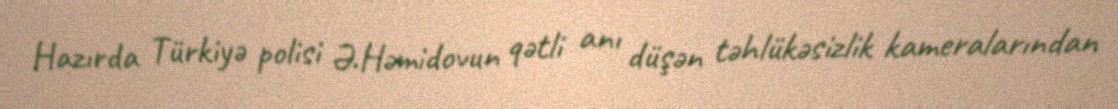
Hazırda Türkiyə polisi Ə.Həmidovun qətli anı düşən təhlükəsizlik kameralarından